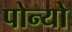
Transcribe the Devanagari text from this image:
पोन्यो